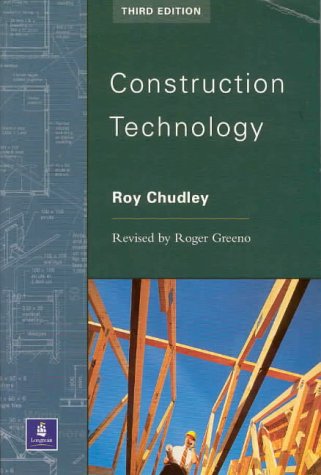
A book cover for Construction Technology; Roy Chudley; Law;